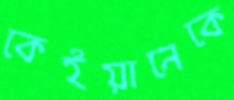
কেইয়ানেকে